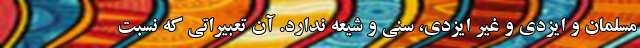
مسلمان و ایزدی و غیر ایزدی، سنی و شیعه ندارد. آن تعبیراتی که نسبت